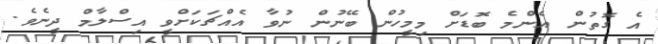
އެ ގޮތުން އެންމެ ބޮޑަށް މިމީހުން ބޭނުން ނުވާ އެއްޗަކަށްވީ އިސްލާމް ދީނެވެ.